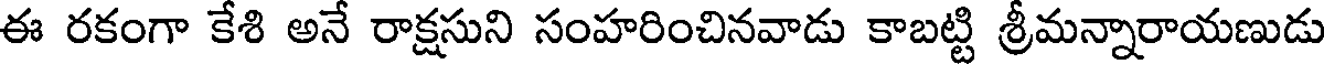
ఈ రకంగా కేశి అనే రాక్షసుని సంహరించినవాడు కాబట్టి శ్రీమన్నారాయణుడు